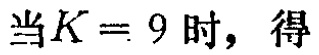
当\(K = 9\)时，得